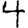
Digit: 4